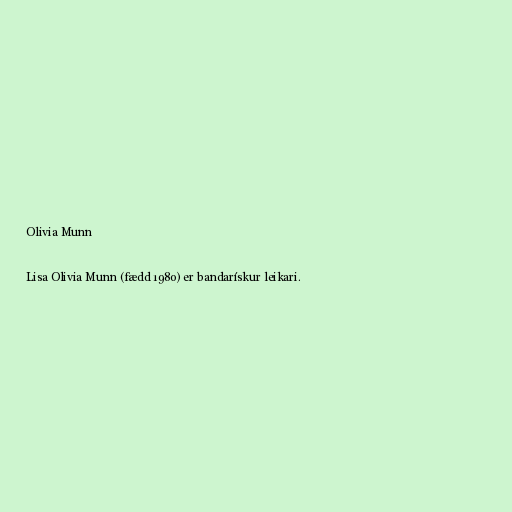
Olivia Munn

Lisa Olivia Munn (fædd 1980) er bandarískur leikari.